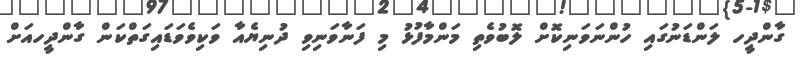
ގާންދީހ ލަންޑަނުގައި ހުންނަވަނިކޮށް ލޮބުވެތި މަންމާފުޅު މި ފަނާވަނިވި ދުނިޔެއާ ވަކިވެވަޑައިގަތްކަން ގާންދީހއަށް